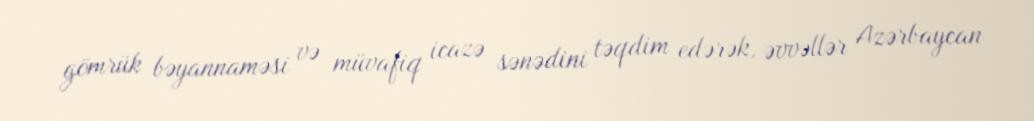
gömrük bəyannaməsi və müvafiq icazə sənədini təqdim edərək, əvvəllər Azərbaycan